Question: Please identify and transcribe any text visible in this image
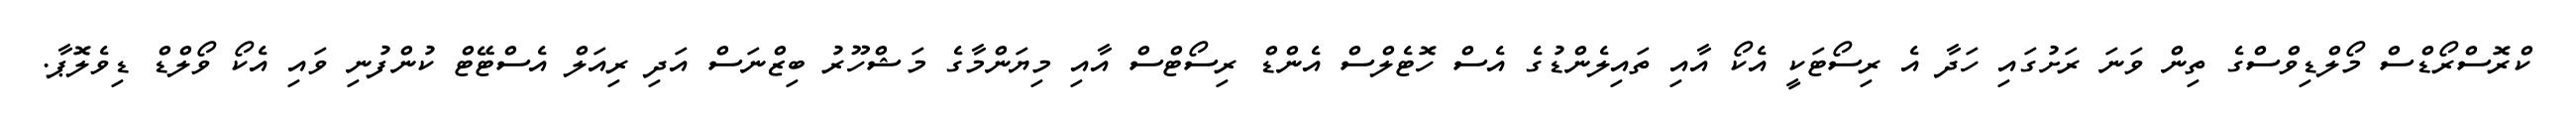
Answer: ކްރޮސްރޯޑްސް މޯލްޑިވްސްގެ ތިން ވަނަ ރަށުގައި ހަދާ އެ ރިސޯޓަކީ އެކޯ އާއި ތައިލެންޑުގެ އެސް ހޮޓެލްސް އެންޑް ރިސޯޓްސް އާއި މިޔަންމާގެ މަޝްހޫރު ބިޒްނަސް އަދި ރިއަލް އެސްޓޭޓް ކުންފުނި ވައި އެކޯ ވޯލްޑް ޑިވެލޮޕާ.